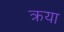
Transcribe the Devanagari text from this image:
क्रया